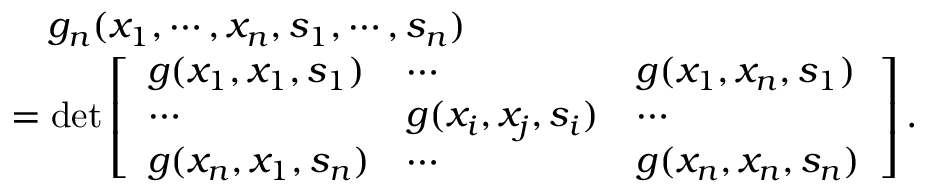
\begin{array} { r l } & { ~ ~ ~ g _ { n } ( x _ { 1 } , \cdots , x _ { n } , s _ { 1 } , \cdots , s _ { n } ) } \\ & { = \mathrm { d e t } \left[ \begin{array} { l l l } { g ( x _ { 1 } , x _ { 1 } , s _ { 1 } ) } & { \cdots } & { g ( x _ { 1 } , x _ { n } , s _ { 1 } ) } \\ { \cdots } & { g ( x _ { i } , x _ { j } , s _ { i } ) } & { \cdots } \\ { g ( x _ { n } , x _ { 1 } , s _ { n } ) } & { \cdots } & { g ( x _ { n } , x _ { n } , s _ { n } ) } \end{array} \right] . } \end{array}